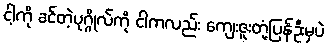
ငါ့ကို ခင်တဲ့ပုဂ္ဂိုလ်ကို ငါကလည်း ကျေးဇူးတုံ့ပြန်ဦးမှပဲ